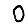
Digit: 0